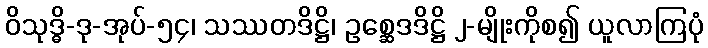
ဝိသုဒ္ဓိ-ဒု-အုပ်-၅၄၊ သဿတဒိဋ္ဌိ၊ ဥစ္ဆေဒဒိဋ္ဌိ ၂-မျိုးကိုစ၍ ယူလာကြပုံ